Report on the treatment of epidemic cholera: from information collected by the governments of Bengal, Madras, Bombay, N.W. Provinces, Punjab, Oudh, and Central India, by order of the Government of India
Disease focus: Cholera
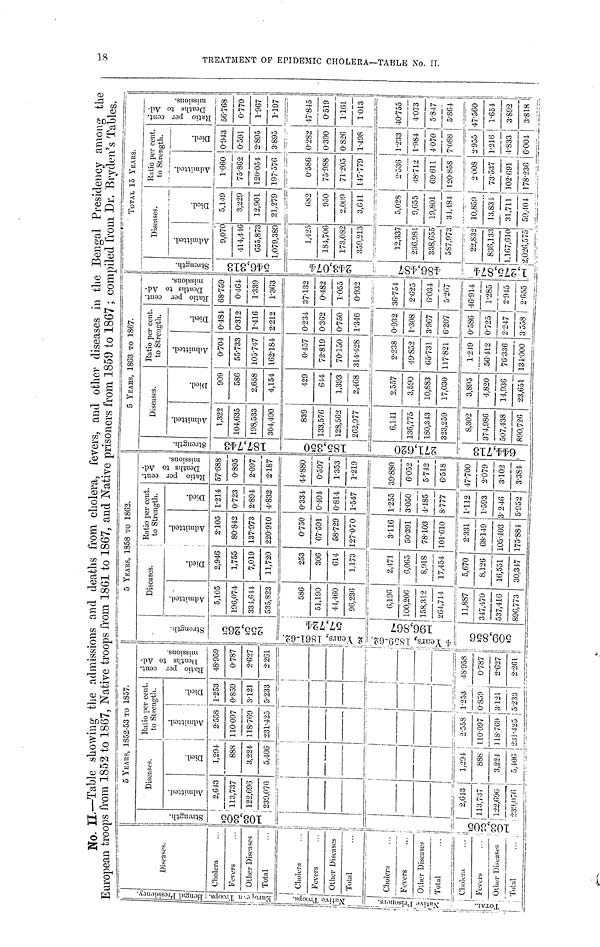
No. II.—Table showing the admissions and deaths from cholera, fevers, and other diseases in the Bengal Presidency among the
European troops from 1852 to 1867, Native troops from 1861 to 1867, and Native prisoners from 1859 to 1867; compiled from Dr. Bryden's Tables.
Bengal Presidency
European Troops
Native Troops.
Total
Disease
Cholera …
Fevers …
Other Diseases
Total …
Cholera …
Fevers …
Other Diseases
Total …
Cholera …
Fevers …
Other Diseases
Total
…
Cholera
...
Fevers
...
Other Diseases
Total …
Strength
103,305
103,305
5 YEARS, 1852.53 TO 1857.
Diseases.
Admitted.
2,643
113,737
122,076
230,076
2,613
113,737
122,696
239,076
Died.
1,294
888
3,224
5,406
1,294
888
3,224
5,106
Ratio per cent.
to Strength.
Admitted.
2.558
110.097
118.769
231.423
1
1
2.358 j
110.097 |
118.769
231.125
Died.
1.253
0.859
3.121
5.233
1.253
0.839
3.121
5.233
Ratio per cent Deaths to Admission
48.959
0.787
2.627
2.261
48.958
0.787
2.627
2.261
5 Years, 1858 to 1862.
Strength
255.265
4 Years 1859-62 196,867
509,856
Diseases.
Admitted.
5,105
196,074
331,614
535,823
586
51,190
41,460
96,236
6,196
100,206
158,312
264,714
11,887
347,470
537,416
396,773
Died.
2,946
1,755
7,019
11,720
253
306
614
1,173
2,471
6,063
8,918
17,454
5,670
8,126
16,551
30,317
, Ratio per cent,
to Strength.
Admitted.
2.105
80.842
137.973
220.910
0.750
67.591
58.729
127.070
3.116
50.391
78.103
101.610
2.331
68.149
105.403
173.881
Died.
1.214
0.723
2.894
4.832
0.334
0.40.1.
0.814
1.547
1.255
3.050
4.485
8.777
1.112
1.593
3.246
5.932
Ratio per cent.
Deaths to Ad-
missions.
57.688
0.895
2.097
2.187
44.880
0.597
1.353
1.219
39.880
6.032
5.742
6.518
47.700
2.079
3.102
3.384
5 Years, 1863 to 1867.
Strength
187743
185,350
644,718
í <
«o .
Dise
ises.
Admitted.
1,322
104,635
198,533
304,490
839
133,576
128,562
262,977
6,141
136,775
180,343
323,259
8,302
J74,986
507,438
590,726
.1
»i
909
586
2,658
4,154
429
644
1,393
2,463
2,557
3,590
10,833
17,030
3,893
4,820
14,036
23,651 ]
Ratio per cent,
to Strength.
Admitted.
0.704
55.733
105.747
162.184
0.437
72.819
70.150
314.428
1
2.238
49.852
65.731
117.821
1.249 <
56.H2 Í
76.336 f
L34.000 i
Died.
0.484
0.312
1.416
2.212
0*234.
0.362
0.750
1.346
0.932
1.308
3.967
3.207
}.586 '
)'725
Í.247
Í.338 j
Ratio per cent.
Deaths to Ad-
missions.
68.759
0.464
1.339
1.363
37.132
0.482
1055
0.932
36.754
2623
6.034
5.207
16.914
1.285
2.945
2.655
Totax, 15 Yeah.3.
Strength.
546,313
243,074
486,487
1,275,874
Diseases.
Admitted.
9,070
414,446
655,373
1,079,389
1,425
18.4706
173,082
359,213
12,337
236,981
338,655
587,973
22,832
836,133
1,167,610
2,026,575
Died.
5,149
3,229
12,901
21,279
682
950
2.009
3,611
5,028
9,655
19,801
34,484
10,850
13,831
31,711
59,401
Ratio per cent to Strength
Admitted
1.660
75.862
120.054
197.376
0.586
75.988
71.203
147.779
2.336
48.712
69.611
120.858
2.008
73.537
102.691
178.236
Died
0.943
0.591
2.895
3.895
0.282
0.390
0.826
1.498
1.233
1.984
4.070
7.088
2.955
1.216
4.833
6.001
Ratio per cent.
Deaths to Ad-
missions.
56.768
0.770
1.967
1.197
47.845
0.519
1.161
1.013
40.755
4.073
5.847
5.864
47.560
1.654
3.892
3.818
TREATMENT O